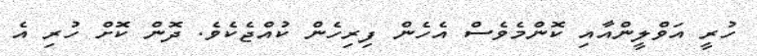
ހުރީ އަވްލީންއާއި ކޮންމެވެސް އެހެން ފިރިހެން ކުއްޖެކެވެ. ދޮން ކޮށް ހުރި އެ